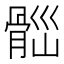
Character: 𩩀